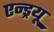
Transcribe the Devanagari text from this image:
एन्‍ड्रयू